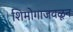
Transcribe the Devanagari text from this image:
शिमोगाजवळून